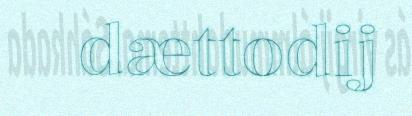
dættodij